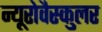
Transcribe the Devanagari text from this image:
न्यूरोवैस्कुलर